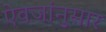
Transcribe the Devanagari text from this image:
ऐवजांनुसार